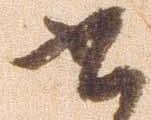
書